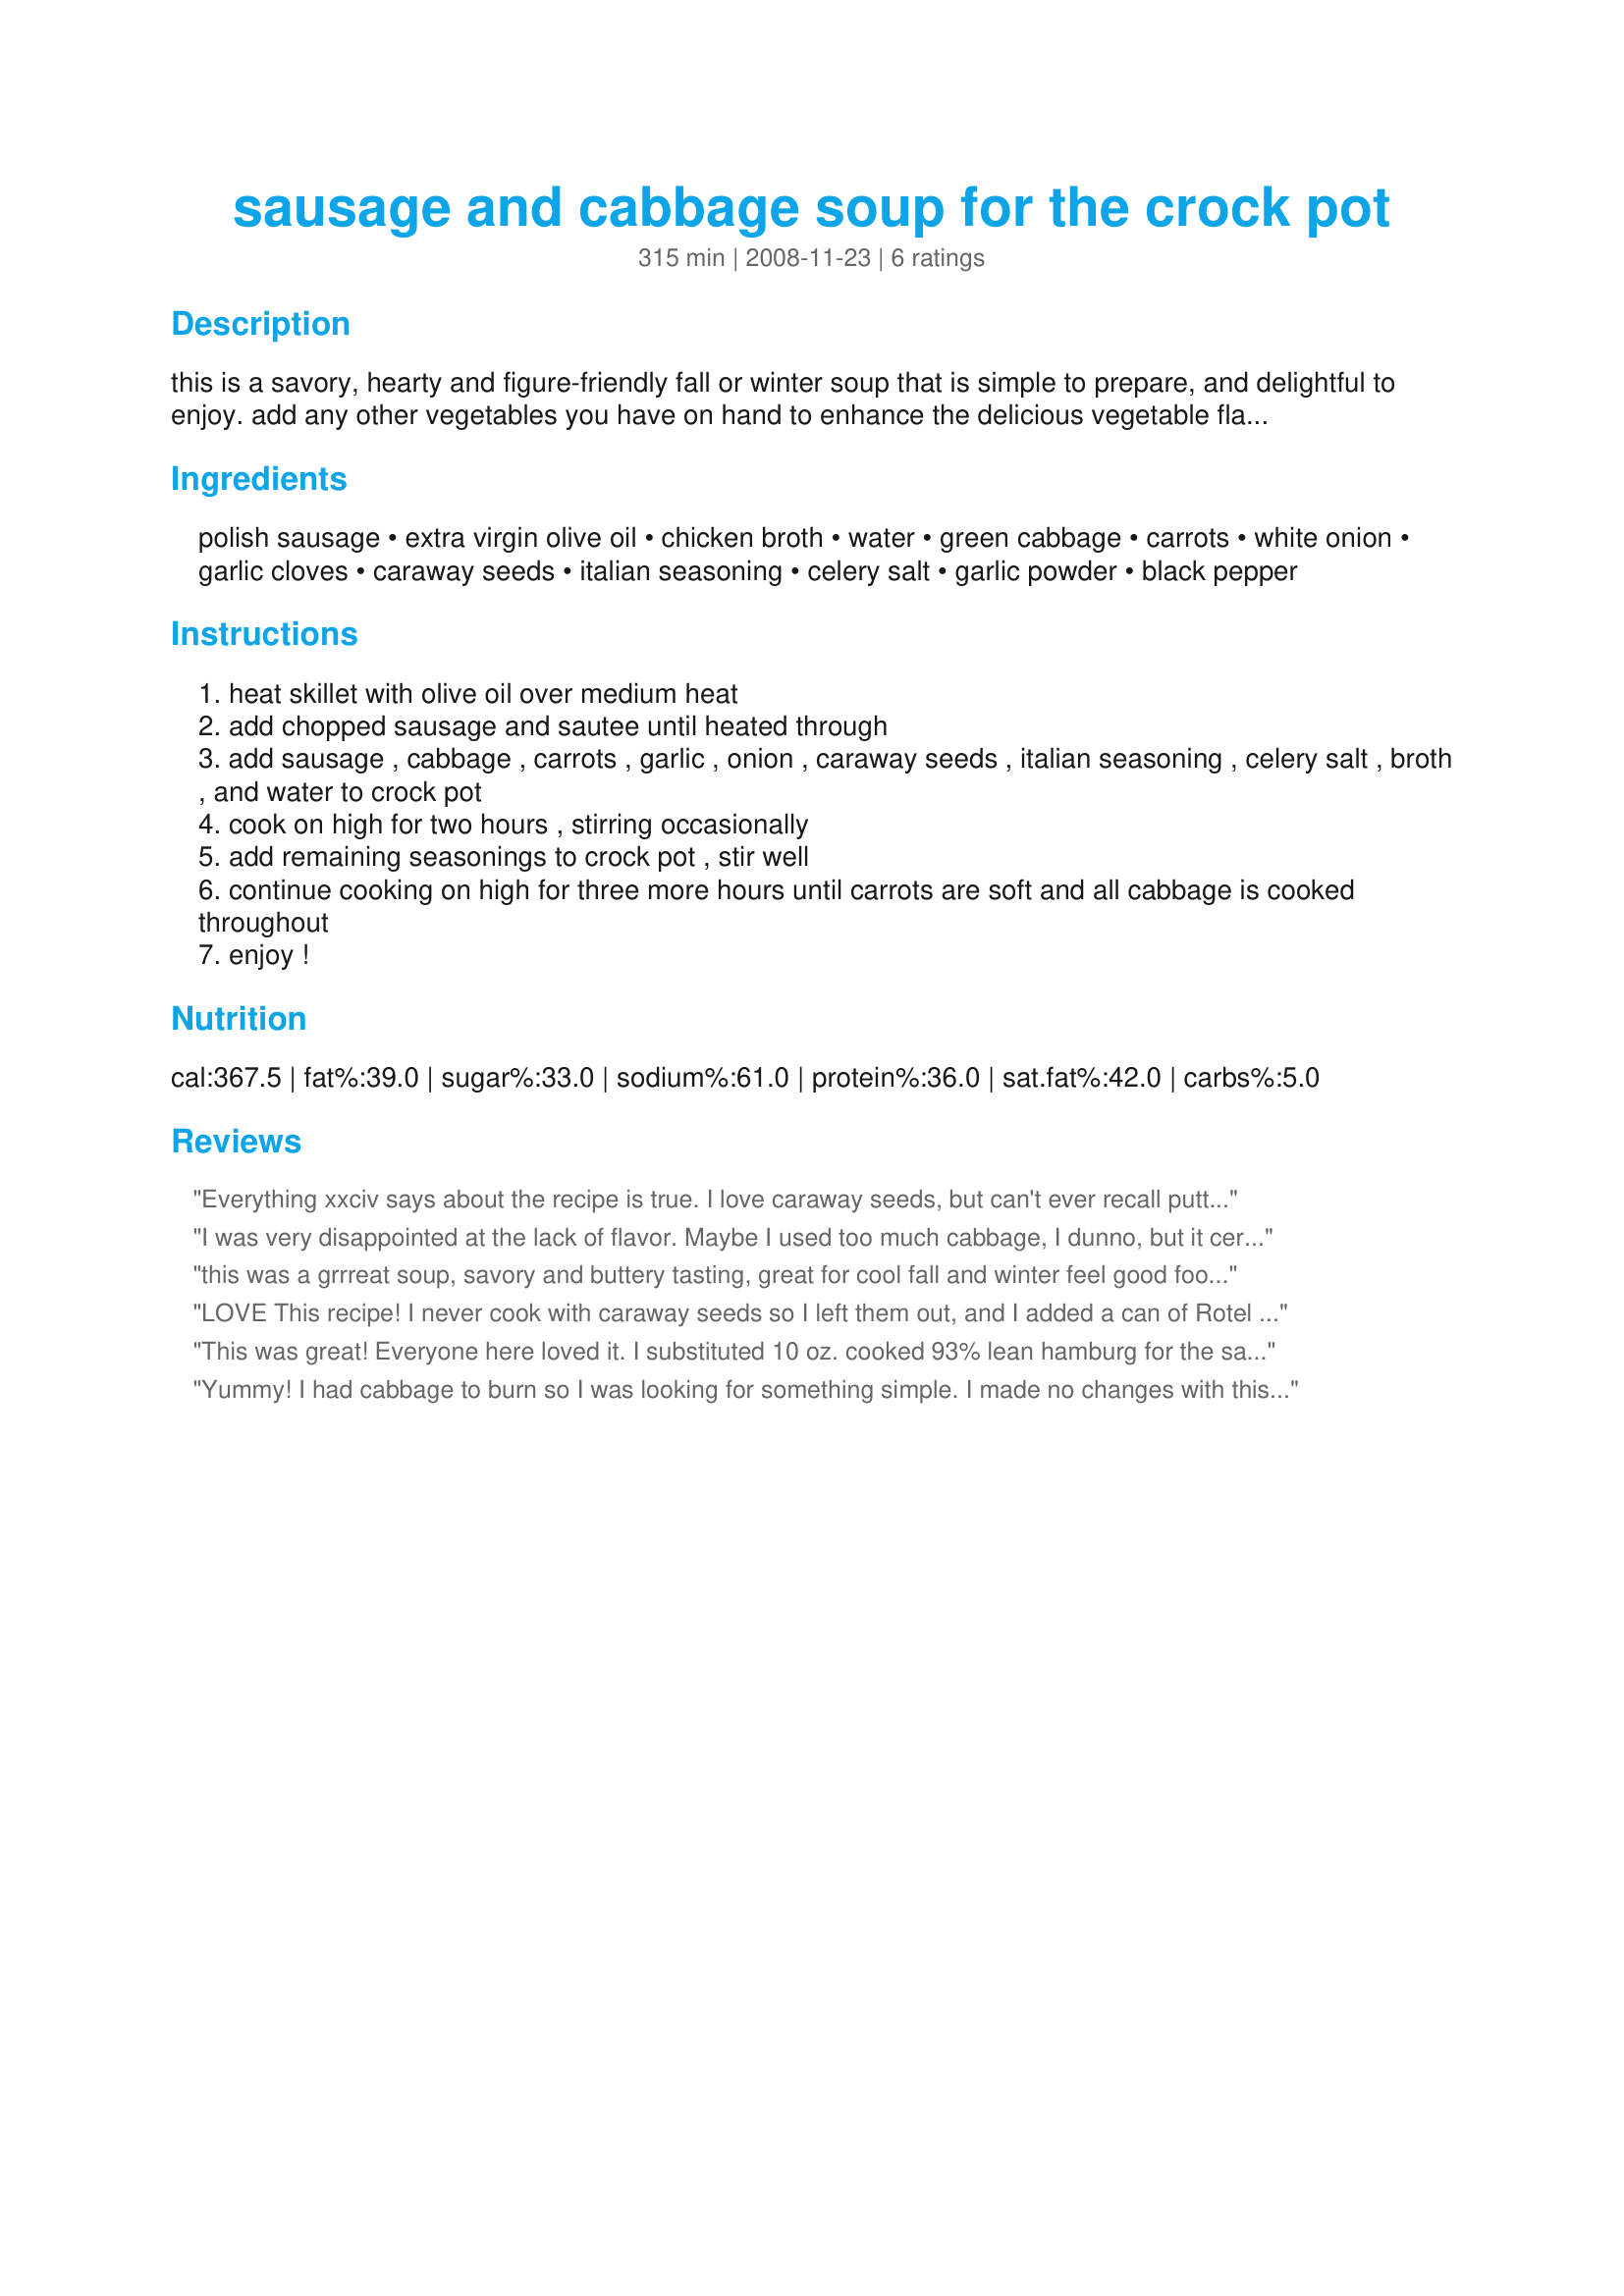
sausage and cabbage soup for the crock pot
Preparation time: 315 minutes

this is a savory, hearty and figure-friendly fall or winter soup that is simple to prepare, and delightful to enjoy. add any other vegetables you have on hand to enhance the delicious vegetable flavors. enjoy.

Ingredients:
polish sausage, extra virgin olive oil, chicken broth, water, green cabbage, carrots, white onion, garlic cloves, caraway seeds, italian seasoning, celery salt, garlic powder, black pepper

Steps:
heat skillet with olive oil over medium heat
add chopped sausage and sautee until heated through
add sausage , cabbage , carrots , garlic , onion , caraway seeds , italian seasoning , celery salt , broth , and water to crock pot
cook on high for two hours , stirring occasionally
add remaining seasonings to crock pot , stir well
continue cooking on high for three more hours until carrots are soft and all cabbage is cooked throughout
enjoy !

Reviews:
Everything xxciv says about the recipe is true. I love caraway seeds, but can't ever recall putting them in soup. The seeds, along with the rest of the spices, make this a delicious soup. I especially liked the addition of celery salt rather than plain salt. This will be made often at my house because it's easy and tastes GOOD. Thanks for sharing.
I was very disappointed at the lack of flavor. Maybe I used too much cabbage, I dunno, but it certainly didn't need two cups of water to dilute the stock. I added a couple cans of beans, doubled the meat, and stirred in some bouillon to try to save it. It helped, but I won't make this again.
this was a grrreat soup, savory and buttery tasting, great for cool fall and winter feel good food. I agree with the 1.5 tsp of caraway seeds as well. The only other change I made was to use turkey sausage patties crumbled instead of pork, we don't do pork and this is also a less fattening option. Will do this recipe again and again.
LOVE This recipe! I never cook with caraway seeds so I left them out, and I added a can of Rotel for some kick! This is my all time favorite soup! perfect with cornbread
This was great! Everyone here loved it. I substituted 10 oz. cooked 93% lean hamburg for the sausage (personal preference), and the next time I make it I will try 1/2 hamburg & 1/2 TVP. Also, I only used 1.5 tsp. of caraway seeds. This was the perfect amount for us.
Everything else was the same as the posted recipe. Thank you for a really great recipe!
Yummy! I had cabbage to burn so I was looking for something simple. I made no changes with this recipe. If you do not like caraway seeds this is not for you. The only change I would make is to reduce the carroway seeds. I would start with 1 1/2 tsp. I would make this again.
